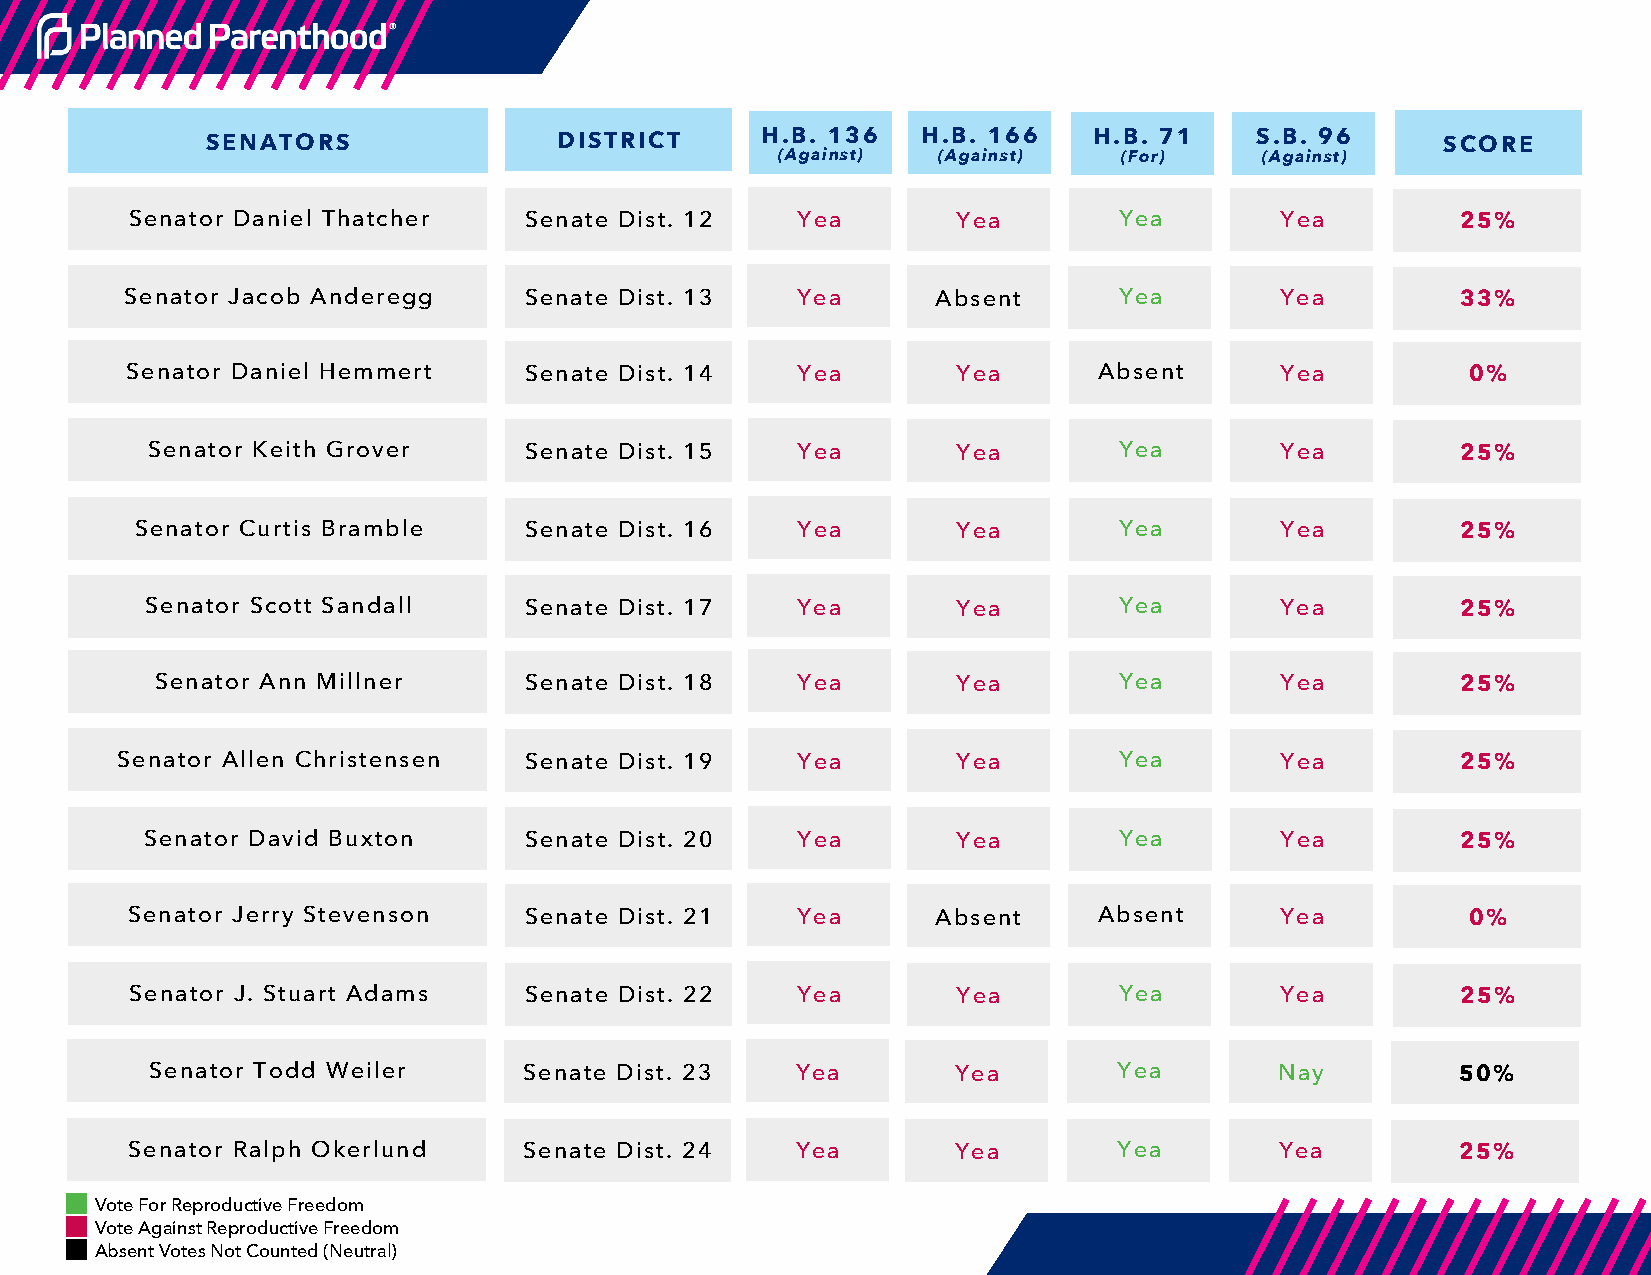
SENATORS               DISTRICT     H.B. 136   H.B. 166   H.B. 71    S.B. 96      SCORE
 (Against)  (Against)   (For)     (Against)
 Senator Daniel Thatcher   Senate Dist. 12   Yea       Yea        Yea        Yea         25%
 Senator Jacob Anderegg     Senate Dist. 13   Yea      Absent      Yea        Yea         33%
 Senator Daniel Hemmert     Senate Dist. 14   Yea       Yea       Absent      Yea         0%
 Senator Keith Grover     Senate Dist. 15   Yea       Yea        Yea        Yea         25%
 Senator Curtis Bramble    Senate Dist. 16   Yea       Yea        Yea        Yea         25%
 Senator Scott Sandall    Senate Dist. 17   Yea       Yea        Yea        Yea         25%
 Senator Ann Millner      Senate Dist. 18   Yea       Yea        Yea        Yea         25%
 Senator Allen Christensen  Senate Dist. 19   Yea       Yea        Yea        Yea         25%
 Senator David Buxton     Senate Dist. 20   Yea       Yea        Yea        Yea         25%
 Senator Jerry Stevenson    Senate Dist. 21   Yea      Absent     Absent      Yea         0%
 Senator J. Stuart Adams   Senate Dist. 22   Yea       Yea        Yea        Yea         25%
 Senator Todd Weiler      Senate Dist. 23   Yea       Yea        Yea        Nay         50%
 Senator Ralph Okerlund     Senate Dist. 24   Yea       Yea        Yea        Yea         25%
 Vote For Reproductive Freedom
 Vote Against Reproductive Freedom
 Absent Votes Not Counted (Neutral)